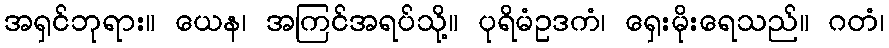
အရှင်ဘုရား။ ယေန၊ အကြင်အရပ်သို့။ ပုရိမံဥဒကံ၊ ရှေးမိုးရေသည်။ ဂတံ၊